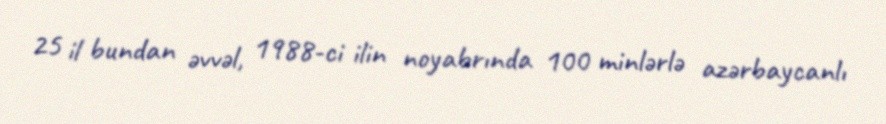
25 il bundan əvvəl, 1988-ci ilin noyabrında 100 minlərlə azərbaycanlı